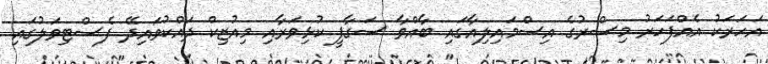
އަހަރަކު އެއްފަހަރު މިސްރުގެ އިސްމައިލިއާގައި ބާއްވާ ސަގާފީ ކުޅިވަރާއި މިއުޒިކް ދައްކުވައިދޭ ފެސްޓިވަލުގައި